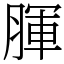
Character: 腪